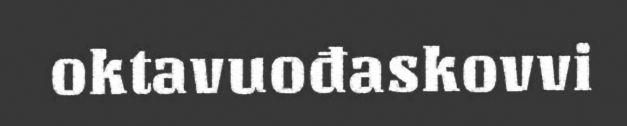
oktavuođaskovvi